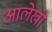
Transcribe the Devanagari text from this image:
आलेखो